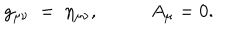
g _ { \mu \nu } \; = \; \eta _ { \mu \nu } , \; A _ { \mu } = 0 .